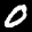
Label: 0